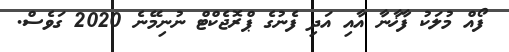
ފޯއް މުލަކު ފާޚާނާ އާއި އަދި ފެނުގެ ޕްރޮޖެކްޓް ނުނިމޭނެ 2020 ގަވެސް.